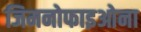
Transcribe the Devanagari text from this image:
जिमनोफाइओना